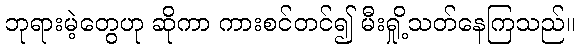
ဘုရားမဲ့တွေဟု ဆိုကာ ကားစင်တင်၍ မီးရှို့သတ်နေကြသည်။